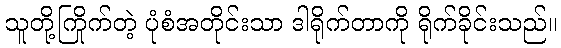
သူတို့ကြိုက်တဲ့ ပုံစံအတိုင်းသာ ဒါရိုက်တာကို ရိုက်ခိုင်းသည်။